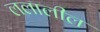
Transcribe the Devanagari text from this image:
ललालील